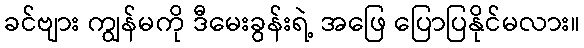
ခင်ဗျား ကျွန်မကို ဒီမေးခွန်းရဲ့ အဖြေ ပြောပြနိုင်မလား။